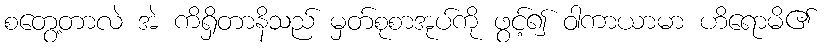
စတွေ့တာလဲ အဲ ကိရှိတာနိသည် မှတ်စုစာအုပ်ကို ဖွင့်၍ ဝါကာယာမာ ဟိရောမိ၏